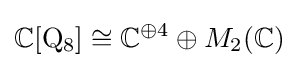
\mathbb {C} [\mathrm {Q} _{8}]\cong \mathbb {C} ^{\oplus 4}\oplus M_{2}(\mathbb {C} )